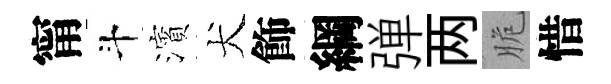
甯斗濱犬飾綱弹两脆惜